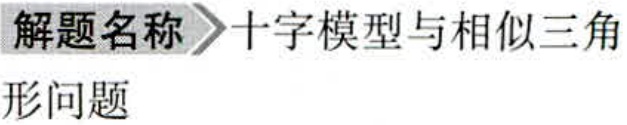
解题名称 \(\rhd\) 十字模型与相似三角
形问题